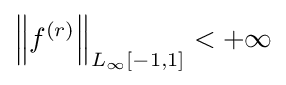
\left\|f^{(r)}\right\|_{L_{\infty }[-1,1]}<+\infty